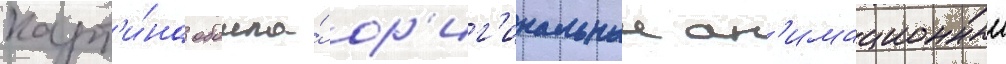
карт'и́на обошла́ ор'иг'инальныи ан'имационныи